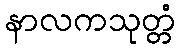
နာလကသုတ္တံ